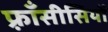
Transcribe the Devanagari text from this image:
फ़्राँसीसियों